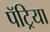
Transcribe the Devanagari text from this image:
पॅट्रिया